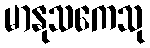
မာနုသကေသု